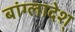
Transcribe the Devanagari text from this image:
बांग्लादेश्